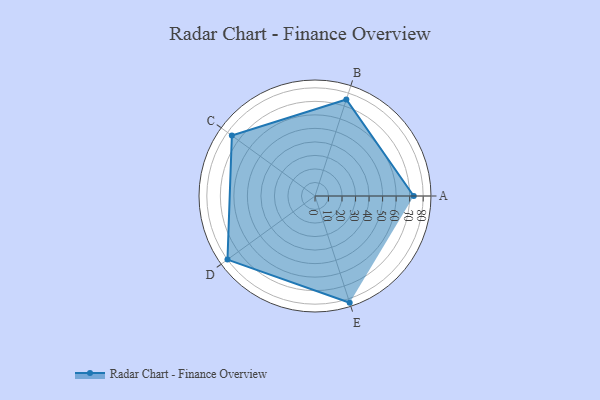
{"axis": {"x": "Skill", "y": "Score"}, "legend": ["Profile"], "data": [{"x": "A", "y": 73.0, "type": "Profile"}, {"x": "B", "y": 75.0, "type": "Profile"}, {"x": "C", "y": 76.0, "type": "Profile"}, {"x": "D", "y": 80.0, "type": "Profile"}, {"x": "E", "y": 83.0, "type": "Profile"}]}